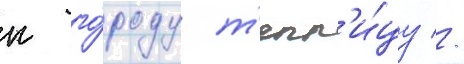
к го́роду т'епл'и́цу //